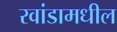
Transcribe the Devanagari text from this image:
रवांडामधील